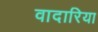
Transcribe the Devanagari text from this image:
वादारिया